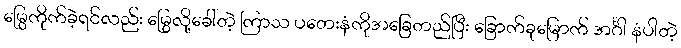
မြွေကိုက်ခဲ့ရင်လည်း မြွေလို့ခေါ်တဲ့ ကြာသ ပတေးနံကိုအခြေတည်ပြီး ခြောက်ခုမြောက် အင်္ဂါ နံပါတဲ့